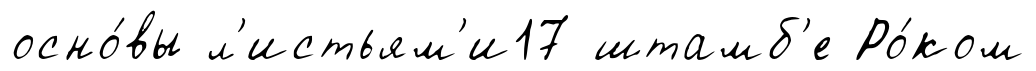
осно́вы л'истьям'и17 штамб'е Ро́ком